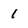
Character: 1